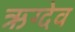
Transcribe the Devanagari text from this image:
ऋग्देव